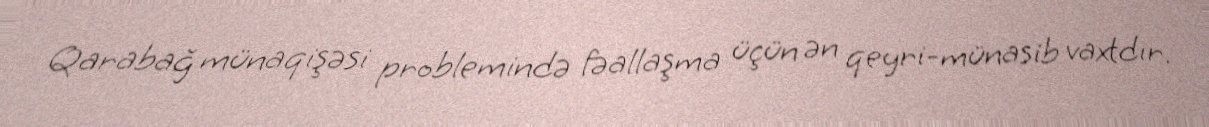
Qarabağ münaqişəsi problemində fəallaşma üçün ən qeyri-münasib vaxtdır.